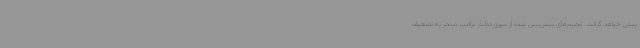
پیش خواهد گرفت. تحریم‌های پیش‌بینی شده از سوی دولت ترامپ منجر به تضعیف